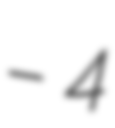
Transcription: – 4